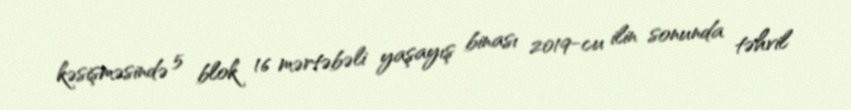
kəsişməsində 5 blok 16 mərtəbəli yaşayış binası 2019-cu ilin sonunda təhvil